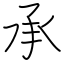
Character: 承